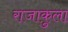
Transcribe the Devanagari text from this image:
राजाकुला